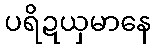
ပရိဍယှမာနေ